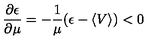
\frac { \partial \epsilon } { \partial \mu } = - \frac { 1 } { \mu } ( \epsilon - \langle V \rangle ) < 0